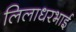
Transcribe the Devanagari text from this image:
लिलाधरभाई